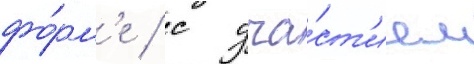
фо́рм'е / с уча́ст'ием